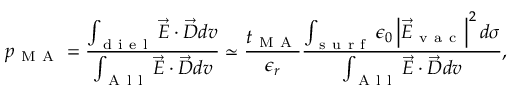
p _ { \mathrm { ~ M ~ A ~ } } = \frac { \int _ { \mathrm { ~ d ~ i ~ e ~ l ~ } } \vec { E } \cdot \vec { D } d v } { \int _ { \mathrm { ~ A ~ l ~ l ~ } } \vec { E } \cdot \vec { D } d v } \simeq \frac { t _ { \mathrm { ~ M ~ A ~ } } } { \epsilon _ { r } } \frac { \int _ { \mathrm { ~ s ~ u ~ r ~ f ~ } } \epsilon _ { 0 } \left| \vec { E } _ { \mathrm { ~ v ~ a ~ c ~ } } \right| ^ { 2 } d \sigma } { \int _ { \mathrm { ~ A ~ l ~ l ~ } } \vec { E } \cdot \vec { D } d v } ,